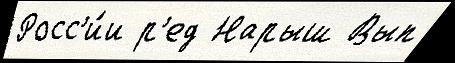
Росс'и́и р'ед Нарыш Вып